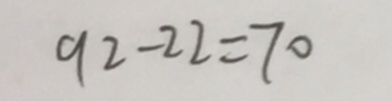
9 2 - 2 2 = 7 0